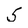
Character: 5